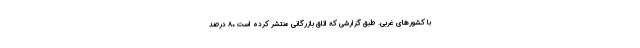
با کشورهای غربی. طبق گزارشی که اتاق بازرگانی منتشر کرده است ۸۰ درصد